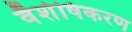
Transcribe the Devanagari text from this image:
वैशेषिकरण